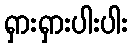
ရှားရှားပါးပါး